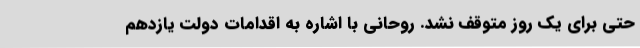
حتی برای یک روز متوقف نشد. روحانی با اشاره به اقدامات دولت یازدهم